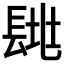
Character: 𨱶